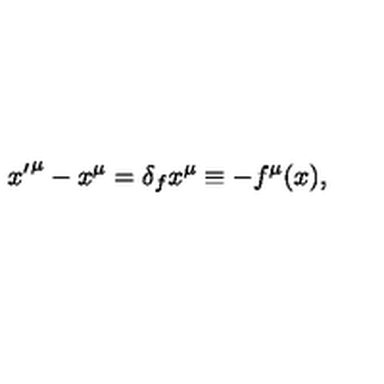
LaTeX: { x ^ { \prime } } ^ { \mu } - x ^ { \mu } = \delta _ { f } x ^ { \mu } \equiv - f ^ { \mu } ( x ) ,